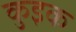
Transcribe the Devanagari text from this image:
कुइक